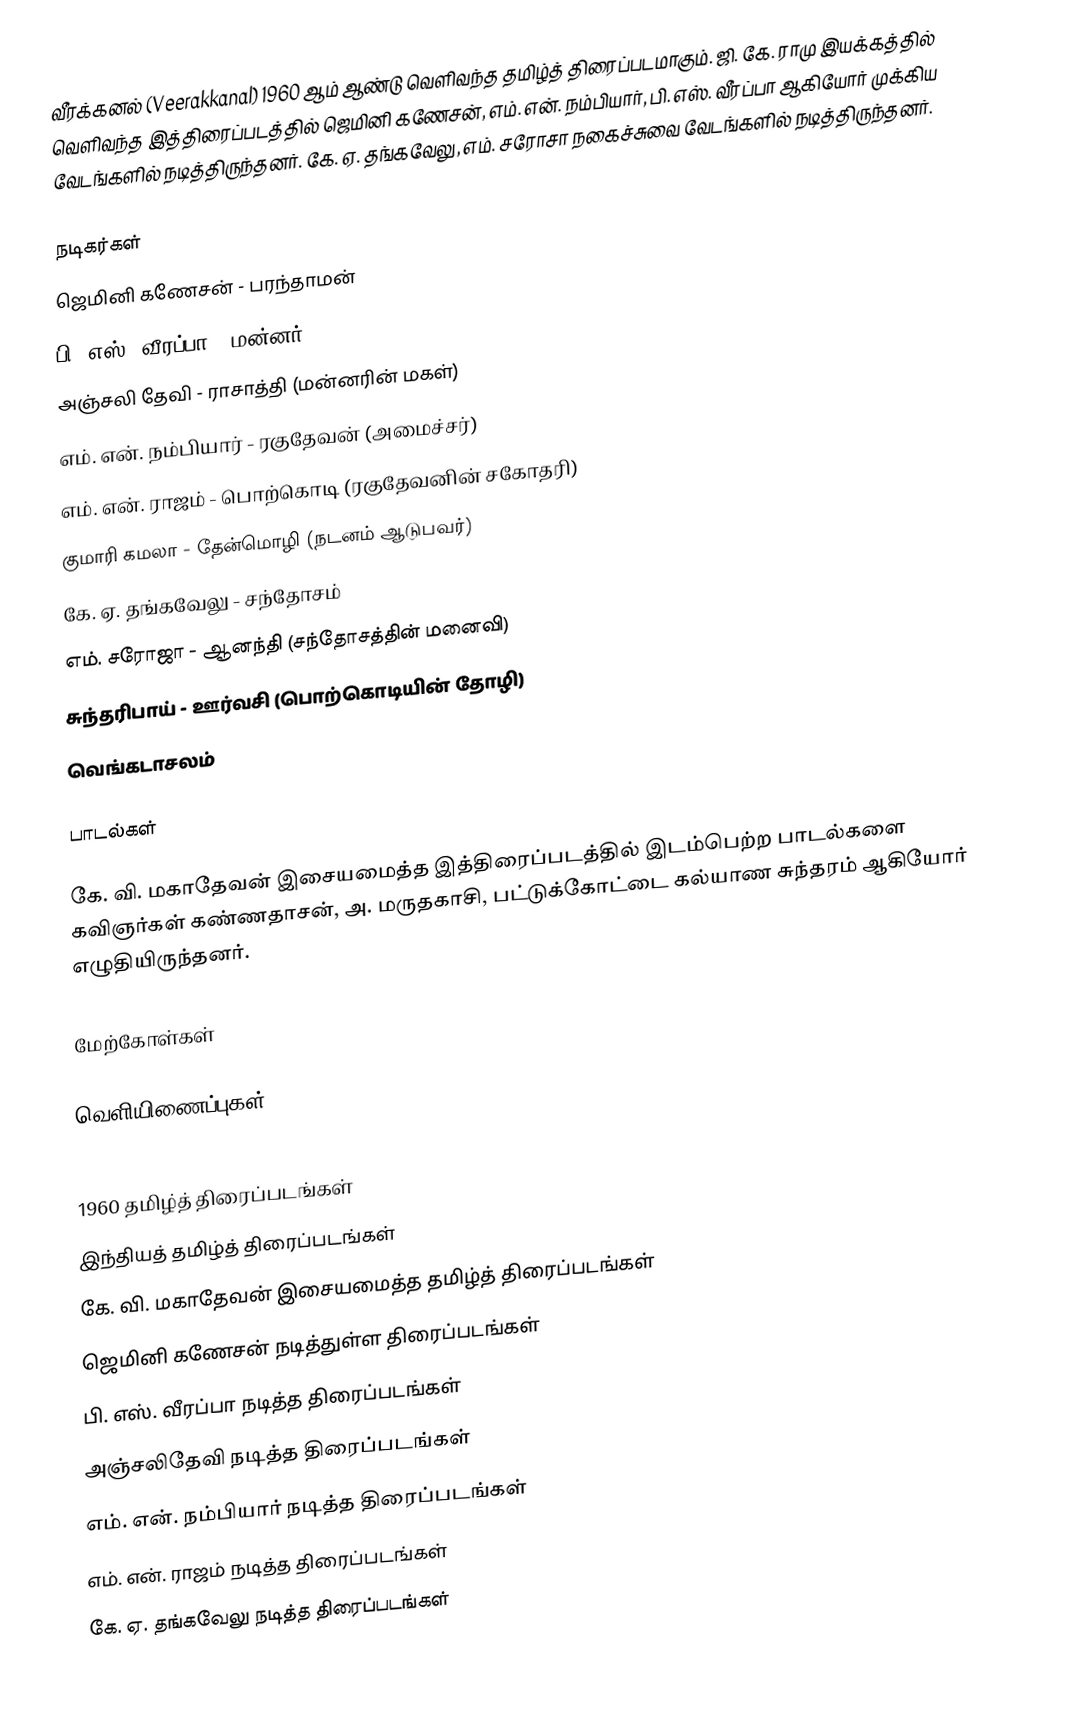
வீரக்கனல் (Veerakkanal) 1960 ஆம் ஆண்டு வெளிவந்த தமிழ்த் திரைப்படமாகும். ஜி. கே. ராமு இயக்கத்தில் வெளிவந்த இத்திரைப்படத்தில் ஜெமினி கணேசன், எம். என். நம்பியார், பி. எஸ். வீரப்பா ஆகியோர் முக்கிய வேடங்களில் நடித்திருந்தனர். கே. ஏ. தங்கவேலு, எம். சரோசா நகைச்சுவை வேடங்களில் நடித்திருந்தனர்.

நடிகர்கள்
 ஜெமினி கணேசன் - பரந்தாமன்
 பி. எஸ். வீரப்பா - மன்னர்
 அஞ்சலி தேவி - ராசாத்தி (மன்னரின் மகள்)
 எம். என். நம்பியார் - ரகுதேவன் (அமைச்சர்)
 எம். என். ராஜம் - பொற்கொடி (ரகுதேவனின் சகோதரி)
 குமாரி கமலா - தேன்மொழி (நடனம் ஆடுபவர்)
 கே. ஏ. தங்கவேலு - சந்தோசம்
 எம். சரோஜா - ஆனந்தி (சந்தோசத்தின் மனைவி)
 சுந்தரிபாய் - ஊர்வசி (பொற்கொடியின் தோழி)
 வெங்கடாசலம்

பாடல்கள்

கே. வி. மகாதேவன் இசையமைத்த இத்திரைப்படத்தில் இடம்பெற்ற பாடல்களை கவிஞர்கள் கண்ணதாசன், அ. மருதகாசி, பட்டுக்கோட்டை கல்யாண சுந்தரம் ஆகியோர் எழுதியிருந்தனர்.

மேற்கோள்கள்

வெளியிணைப்புகள்

1960 தமிழ்த் திரைப்படங்கள்
இந்தியத் தமிழ்த் திரைப்படங்கள்
கே. வி. மகாதேவன் இசையமைத்த தமிழ்த் திரைப்படங்கள்
ஜெமினி கணேசன் நடித்துள்ள திரைப்படங்கள்
பி. எஸ். வீரப்பா நடித்த திரைப்படங்கள்
அஞ்சலிதேவி நடித்த திரைப்படங்கள்
எம். என். நம்பியார் நடித்த திரைப்படங்கள்
எம். என். ராஜம் நடித்த திரைப்படங்கள்
கே. ஏ. தங்கவேலு நடித்த திரைப்படங்கள்